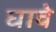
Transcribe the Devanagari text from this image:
घावे